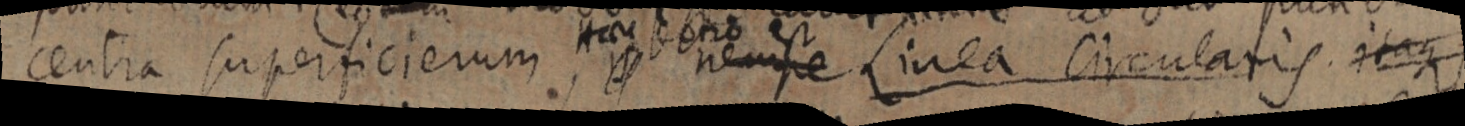
centra superficierum, nempe Linea circularis itaque